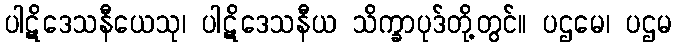
ပါဋိဒေသနီယေသု၊ ပါဋိဒေသနီယ သိက္ခာပုဒ်တို့တွင်။ ပဌမေ၊ ပဌမ